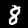
Label: 8